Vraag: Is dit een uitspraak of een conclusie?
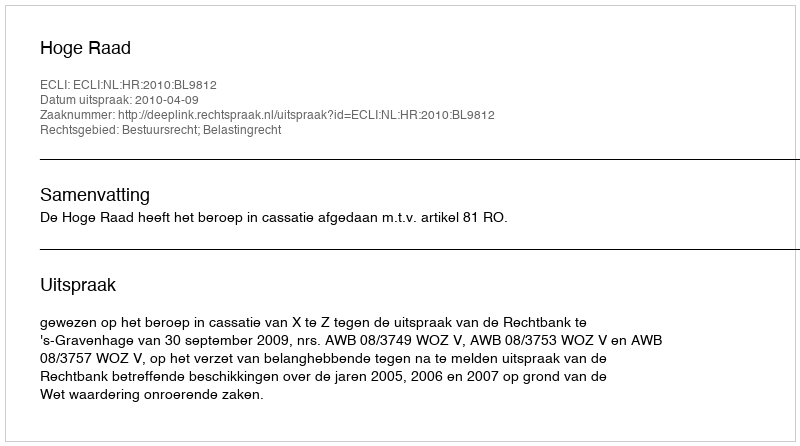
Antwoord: Uitspraak